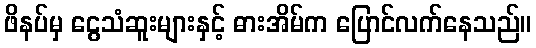
ဖိနပ်မှ ငွေသံဆူးများနှင့် ဓားအိမ်က ပြောင်လက်နေသည်။